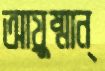
আয়ুষ্মান্‌